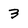
Character: 3